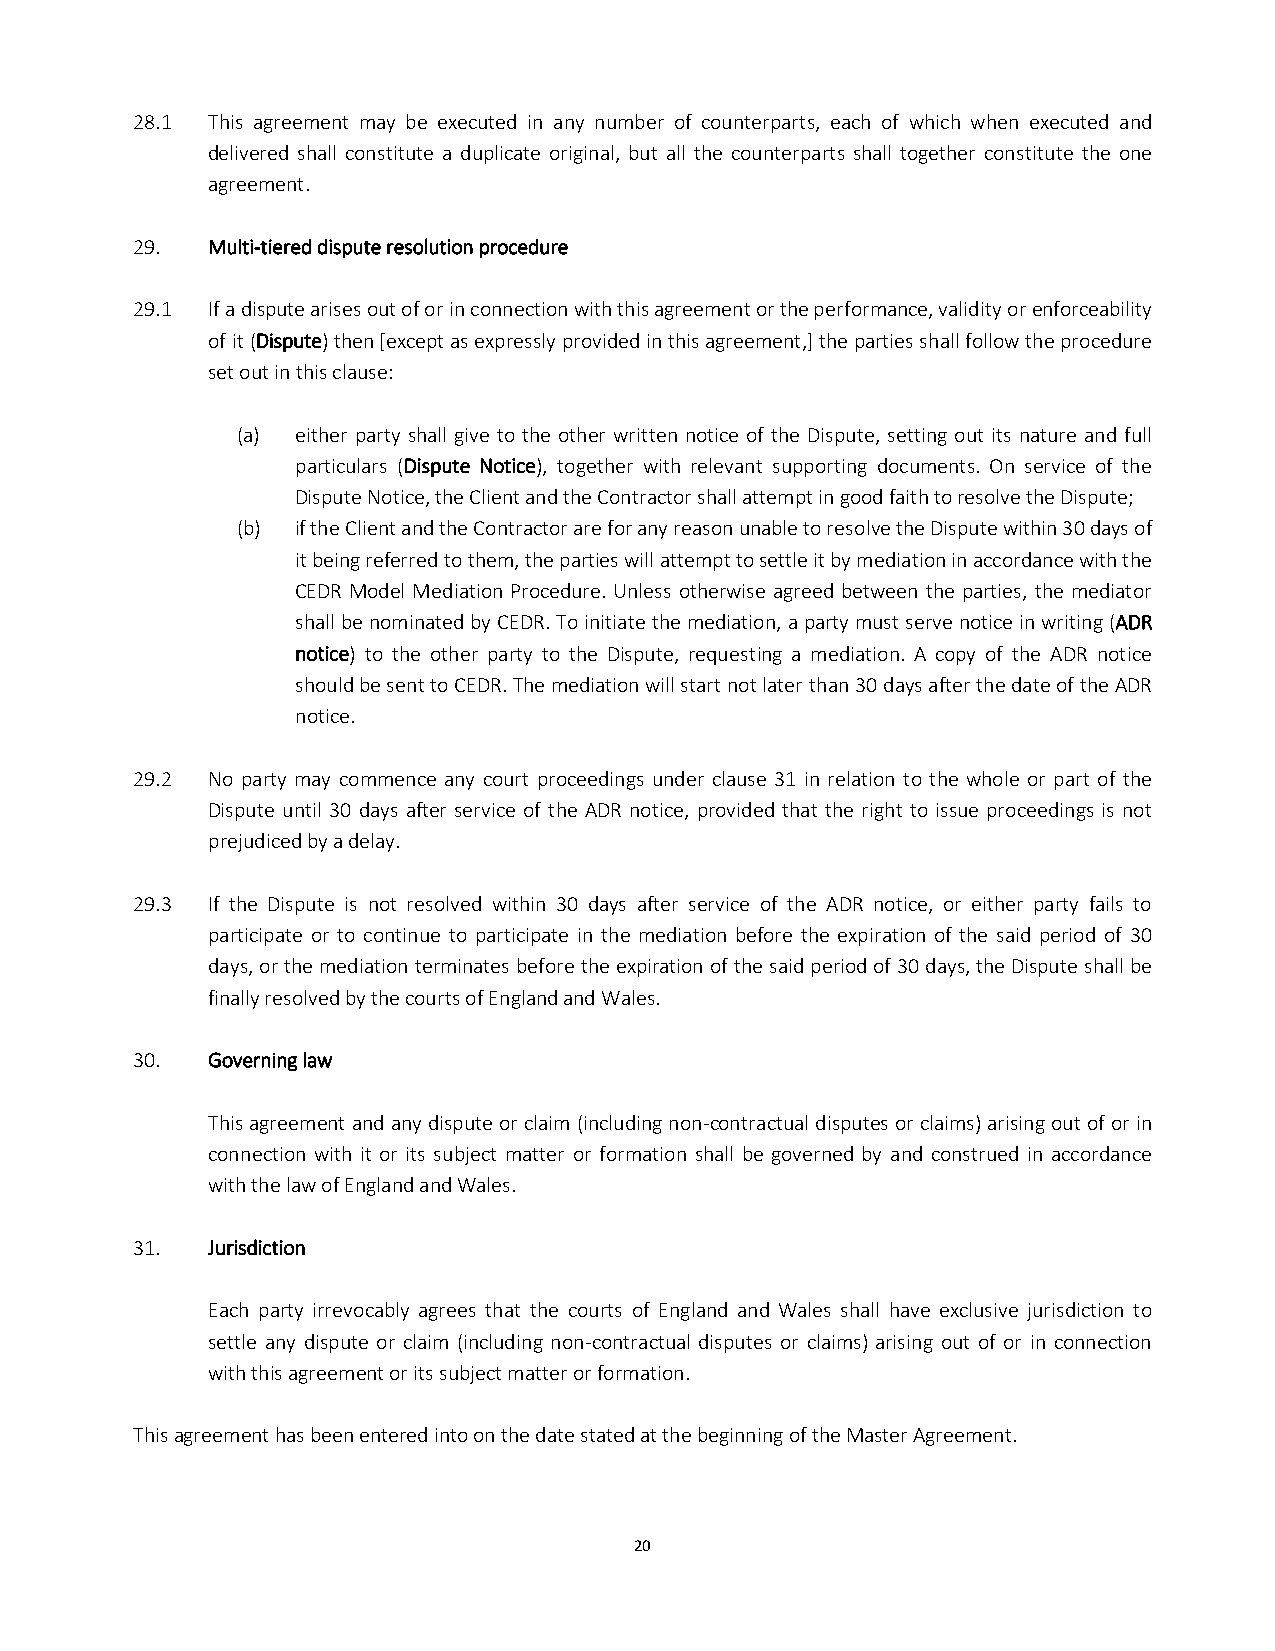
28.1 This agreement may be executed in any number of counterparts, each of which when executed and
 delivered shall constitute a duplicate original, but all the counterparts shall together constitute the one
 agreement.
 29.  Multi-tiered dispute resolution procedure
 29.1 If a dispute arises out of or in connection with this agreement or the performance, validity or enforceability
 of it (Dispute) then [except as expressly provided in this agreement,] the parties shall follow the procedure
 set out in this clause:
 (a) either party shall give to the other written notice of the Dispute, setting out its nature and full
 particulars (Dispute Notice), together with relevant supporting documents. On service of the
 Dispute Notice, the Client and the Contractor shall attempt in good faith to resolve the Dispute;
 (b) if the Client and the Contractor are for any reason unable to resolve the Dispute within 30 days of
 it being referred to them, the parties will attempt to settle it by mediation in accordance with the
 CEDR Model Mediation Procedure. Unless otherwise agreed between the parties, the mediator
 shall be nominated by CEDR. To initiate the mediation, a party must serve notice in writing (ADR
 notice) to the other party to the Dispute, requesting a mediation. A copy of the ADR notice
 should be sent to CEDR. The mediation will start not later than 30 days after the date of the ADR
 notice.
 29.2 No party may commence any court proceedings under clause 31 in relation to the whole or part of the
 Dispute until 30 days after service of the ADR notice, provided that the right to issue proceedings is not
 prejudiced by a delay.
 29.3 If the Dispute is not resolved within 30 days after service of the ADR notice, or either party fails to
 participate or to continue to participate in the mediation before the expiration of the said period of 30
 days, or the mediation terminates before the expiration of the said period of 30 days, the Dispute shall be
 finally resolved by the courts of England and Wales.
 30.  Governing law
 This agreement and any dispute or claim (including non-contractual disputes or claims) arising out of or in
 connection with it or its subject matter or formation shall be governed by and construed in accordance
 with the law of England and Wales.
 31.  Jurisdiction
 Each party irrevocably agrees that the courts of England and Wales shall have exclusive jurisdiction to
 settle any dispute or claim (including non-contractual disputes or claims) arising out of or in connection
 with this agreement or its subject matter or formation.
 This agreement has been entered into on the date stated at the beginning of the Master Agreement.
 20